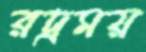
রদ্রময়